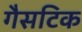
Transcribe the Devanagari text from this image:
गैसटिक